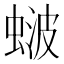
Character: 𬠚